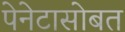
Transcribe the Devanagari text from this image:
पेनेटासोबत